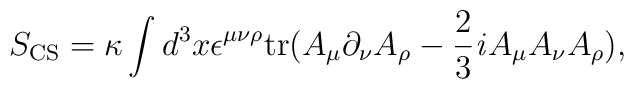
S_{\rm CS} = \kappa \int d^3 x \/ \epsilon^{\mu \nu \rho}  {\rm tr}(A_{\mu}\partial_{\nu}A_{\rho} - \frac{2}{3}{\it i}  A_{\mu}A_{\nu}A_{\rho}),